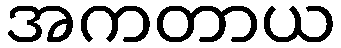
အကတာယ